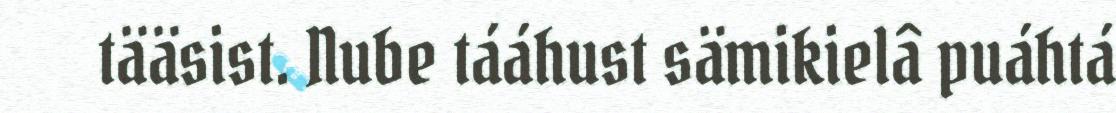
tääsist. Nube tááhust sämikielâ puáhtá